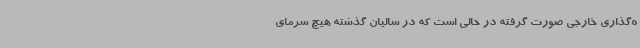
ه‌گذاری خارجی صورت گرفته در حالی است که در سالیان گذشته هیچ سرمای